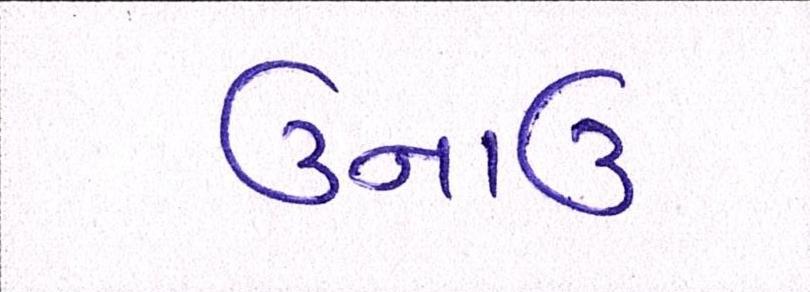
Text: ઉનાઈ